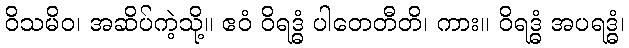
ဝိသမိဝ၊ အဆိပ်ကဲ့သို့။ ဧဝံ ဝိရဒ္ဓံ ပါတေတီတိ၊ ကား။ ဝိရဒ္ဓံ အပရဒ္ဓံ၊